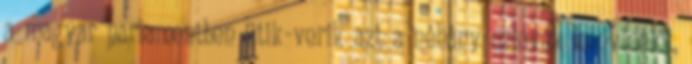
a magyar parlamentben ütik-verik azt a néhány szlovák képviselőt,